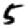
Digit: 5